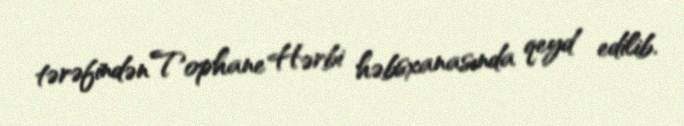
tərəfindən Tophane Hərbi həbsxanasında qeyd edilib.